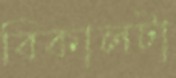
বিকালটা